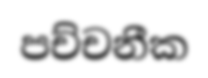
පච්චනීක